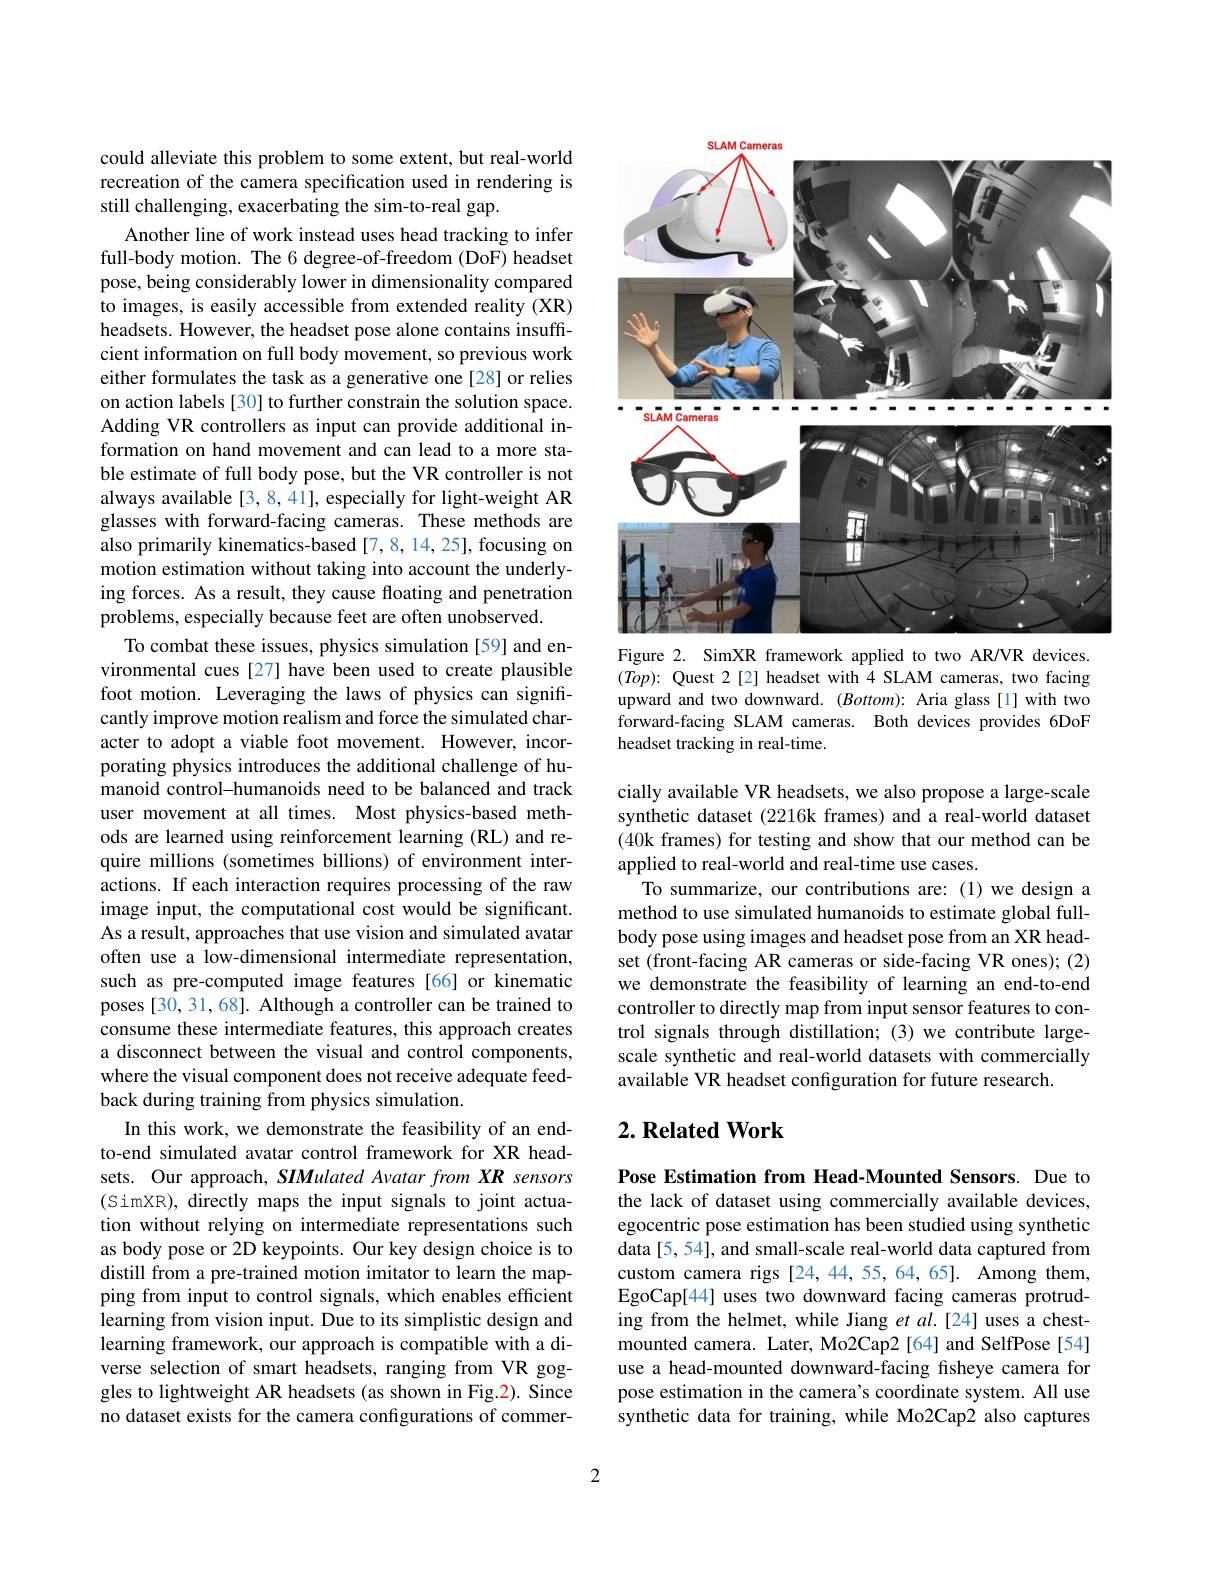
could alleviate this problem to some extent, but real-world recreation of the camera specification used in rendering is still challenging, exacerbating the sim-to-real gap.

Another line of work instead uses head tracking to infer full-body motion. The 6 degree-of-freedom (DoF) headset pose, being considerably lower in dimensionality compared to images, is easily accessible from extended reality (XR) headsets. However, the headset pose alone contains insufficient information on full body movement, so previous work either formulates the task as a generative one[28] or relies on action labels [30] to further constrain the solution space. Adding VR controllers as input can provide additional information on hand movement and can lead to a more stable estimate of full body pose, but the VR controller is not always available [3,8,41], especially for light-weight AR glasses with forward-facing cameras. These methods are also primarily kinematics-based [7,8,14,25], focusing on motion estimation without taking into account the underlying forces. As a result, they cause floating and penetration problems, especially because feet are often unobserved
To combat these issues, physics simulation [59] and environmental cues [27] have been used to create plausible foot motion. Leveraging the laws of physics can significantly improve motion realism and force the simulated character to adopt a viable foot movement. However, incorporating physics introduces the additional challenge of humanoid control-humanoids need to be balanced and track user movement at all times. Most physics-based methods are learned using reinforcement learning (RL) and require millions (sometimes billions) of environment interactions. If each interaction requires processing of the raw image input, the computational cost would be significant. As a result, approaches that use vision and simulated avatar often use a low-dimensional intermediate representation, such as pre-computed image features [66] or kinematic poses [30, 31, 68]. Although a controller can be trained to consume these intermediate features, this approach creates a disconnect between the visual and control components, where the visual component does not receive adequate feedback during training from physics simulation.
In this work, we demonstrate the feasibility of an endto-end simulated avatar control framework for XR headsets. Our approach, SIMulated Avatar from XR sensors (SimXR), directly maps the input signals to joint actuation without relying on intermediate representations such as body pose or 2D keypoints. Our key design choice is to distill from a pre-trained motion imitator to learn the mapping from input to control signals, which enables efficient learning from vision input. Due to its simplistic design and learning framework, our approach is compatible with a diverse selection of smart headsets, ranging from VR goggles to lightweight AR headsets (as shown in Fig.2). Since no dataset exists for the camera configurations of commer-

<FigureHere>
Figure 2. SimXR framework applied to two AR/VR devices.

$(Top):$Quest 2[2] headset with 4 SLAM cameras, two facing upward and two downward. (Bottom): Aria glass[1] with two forward-facing SLAM cameras. Both devices provides 6DoF headset tracking in real-time.

cially available VR headsets, we also propose a large-scale synthetic dataset (2216k frames) and a real-world dataset (40k frames) for testing and show that our method can be applied to real-world and real-time use cases.
To summarize, our contributions are: (1) we design a method to use simulated humanoids to estimate global fullbody pose using images and headset pose from an XR headset (front-facing AR cameras or side-facing VR ones); (2) we demonstrate the feasibility of learning an end-to-end controller to directly map from input sensor features to control signals through distillation; (3) we contribute largescale synthetic and real-world datasets with commercially available VR headset configuration for future research

## $2. \textbf{Related Work}$

Pose Estimation from Head-Mounted Sensors. Due to the lack of dataset using commercially available devices, egocentric pose estimation has been studied using synthetic data [5, 54], and small-scale real-world data captured from custom camera rigs [24,44,55,64,65]. Among them, EgoCap[44] uses two downward facing cameras protruding from the helmet, while Jiang et al.[24] uses a chestmounted camera. Later, Mo2Cap2 [64] and SelfPose [54] use a head-mounted downward-facing fisheye camera for pose estimation in the camera's coordinate system. All use synthetic data for training, while Mo2Cap2 also captures

2